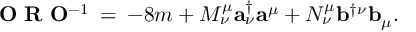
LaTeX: { \mathbf O } \, \, { \mathbf R } \, \, { \mathbf O } ^ { - 1 } \: = \: - 8 m + { \cal M } _ { \nu } ^ { \mu } { \mathbf a } _ { \nu } ^ { \dagger } { \mathbf a } ^ { \mu } + { \cal N } _ { \nu } ^ { \mu } { \mathbf b } ^ { \dagger \nu } { \mathbf b } _ { \mu } .